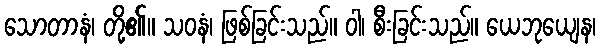
သောတာနံ၊ တို့၏။ သဝနံ၊ ဖြစ်ခြင်းသည်။ ဝါ၊ စီးခြင်းသည်။ ယေဘုယျေန၊